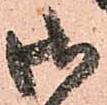
御